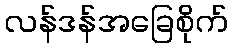
လန်ဒန်အခြေစိုက်